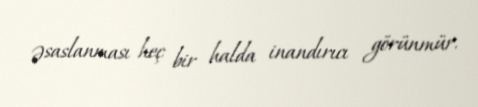
əsaslanması heç bir halda inandırıcı görünmür.